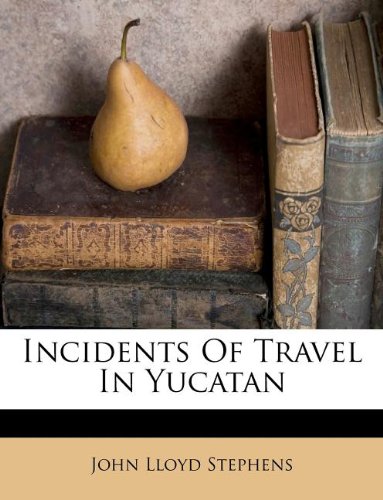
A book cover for Incidents Of Travel In Yucatan; John Lloyd Stephens; Travel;